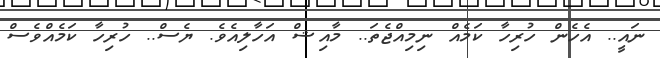
ނައީ.. އެހެން ހުރިހާ ކަމެއް ނިމިއްޖެތަ.. މާއިޝް އަހާލިއެވެ. ޔެސް.. ހުރިހާ ކަމެއްވެސް